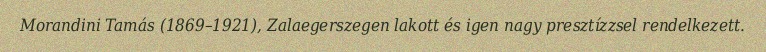
Morandini Tamás (1869–1921), Zalaegerszegen lakott és igen nagy presztízzsel rendelkezett.